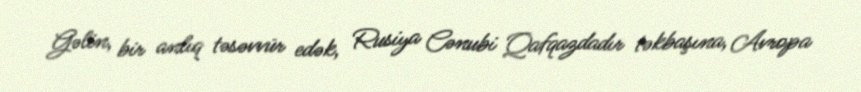
Gəlin, bir anlıq təsəvvür edək, Rusiya Cənubi Qafqazdadır təkbaşına, Avropa